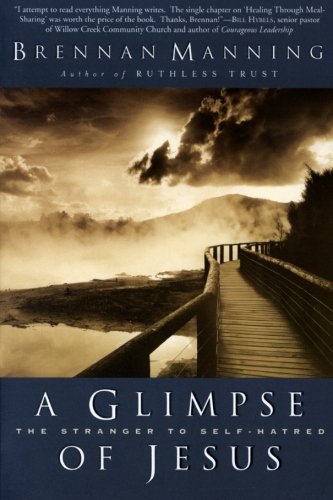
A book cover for A Glimpse of Jesus: The Stranger to Self-Hatred; Brennan Manning; Christian Books & Bibles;